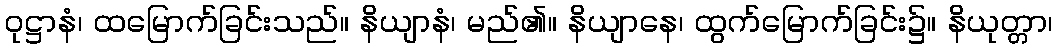
ဝုဋ္ဌာနံ၊ ထမြောက်ခြင်းသည်။ နိယျာနံ၊ မည်၏။ နိယျာနေ၊ ထွက်မြောက်ခြင်း၌။ နိယုတ္တာ၊